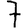
Digit: 7